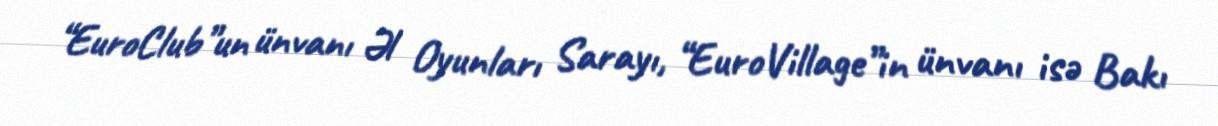
“EuroClub”un ünvanı Əl Oyunları Sarayı, “EuroVillage”in ünvanı isə Bakı